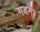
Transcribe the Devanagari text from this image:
गडनी